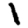
Digit: 1